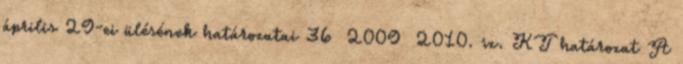
április 29-ei ülésének határozatai 36 2009 2010. sz. KT határozat A